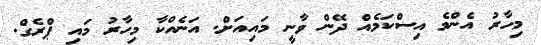
މިހާރު އެންމެ އިސްކަމެއް ދޭން ވާނީ މައިއަށް. އަނެއްކާ މިހާރު މައި ޕްރެގް.